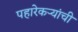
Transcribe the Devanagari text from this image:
पहारेकऱ्यांची